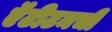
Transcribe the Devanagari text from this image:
ऍंटीटमची